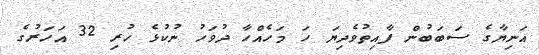
އަނިޔާގެ ސަބަބުން ފާއިތުވެދިޔަ ހަ މަހެއްހާ ދުވަހު ނުކުޅެ ހުރި 32 އަހަރުގެ